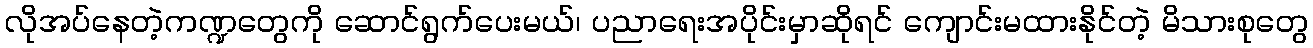
လိုအပ်နေတဲ့ကဏ္ဍတွေကို ဆောင်ရွက်ပေးမယ်၊ ပညာရေးအပိုင်းမှာဆိုရင် ကျောင်းမထားနိုင်တဲ့ မိသားစုတွေ